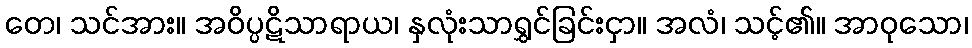
တေ၊ သင်အား။ အဝိပ္ပဋိသာရာယ၊ နှလုံးသာရွှင်ခြင်းငှာ။ အလံ၊ သင့်၏။ အာဝုသော၊